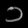
Digit: ၁